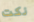
نكت